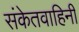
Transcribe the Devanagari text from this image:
संकेतवाहिनी